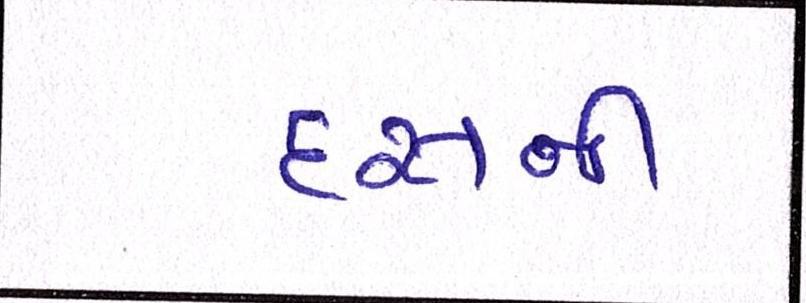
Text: દસની